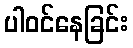
ပါဝင်နေခြင်း